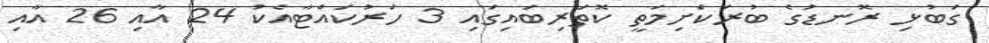
ގަބުޅި ރޮނޑުގެ ބުރަކަށިމަތީ ކޮތަރިބައިގައި 3 ހަރުކައްޓާއެކު 24 އާއި 26 އާއި